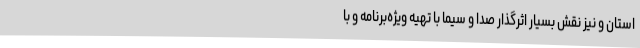
استان و نیز نقش بسیار اثرگذار صدا و سیما با تهیه ویژه‌برنامه و با